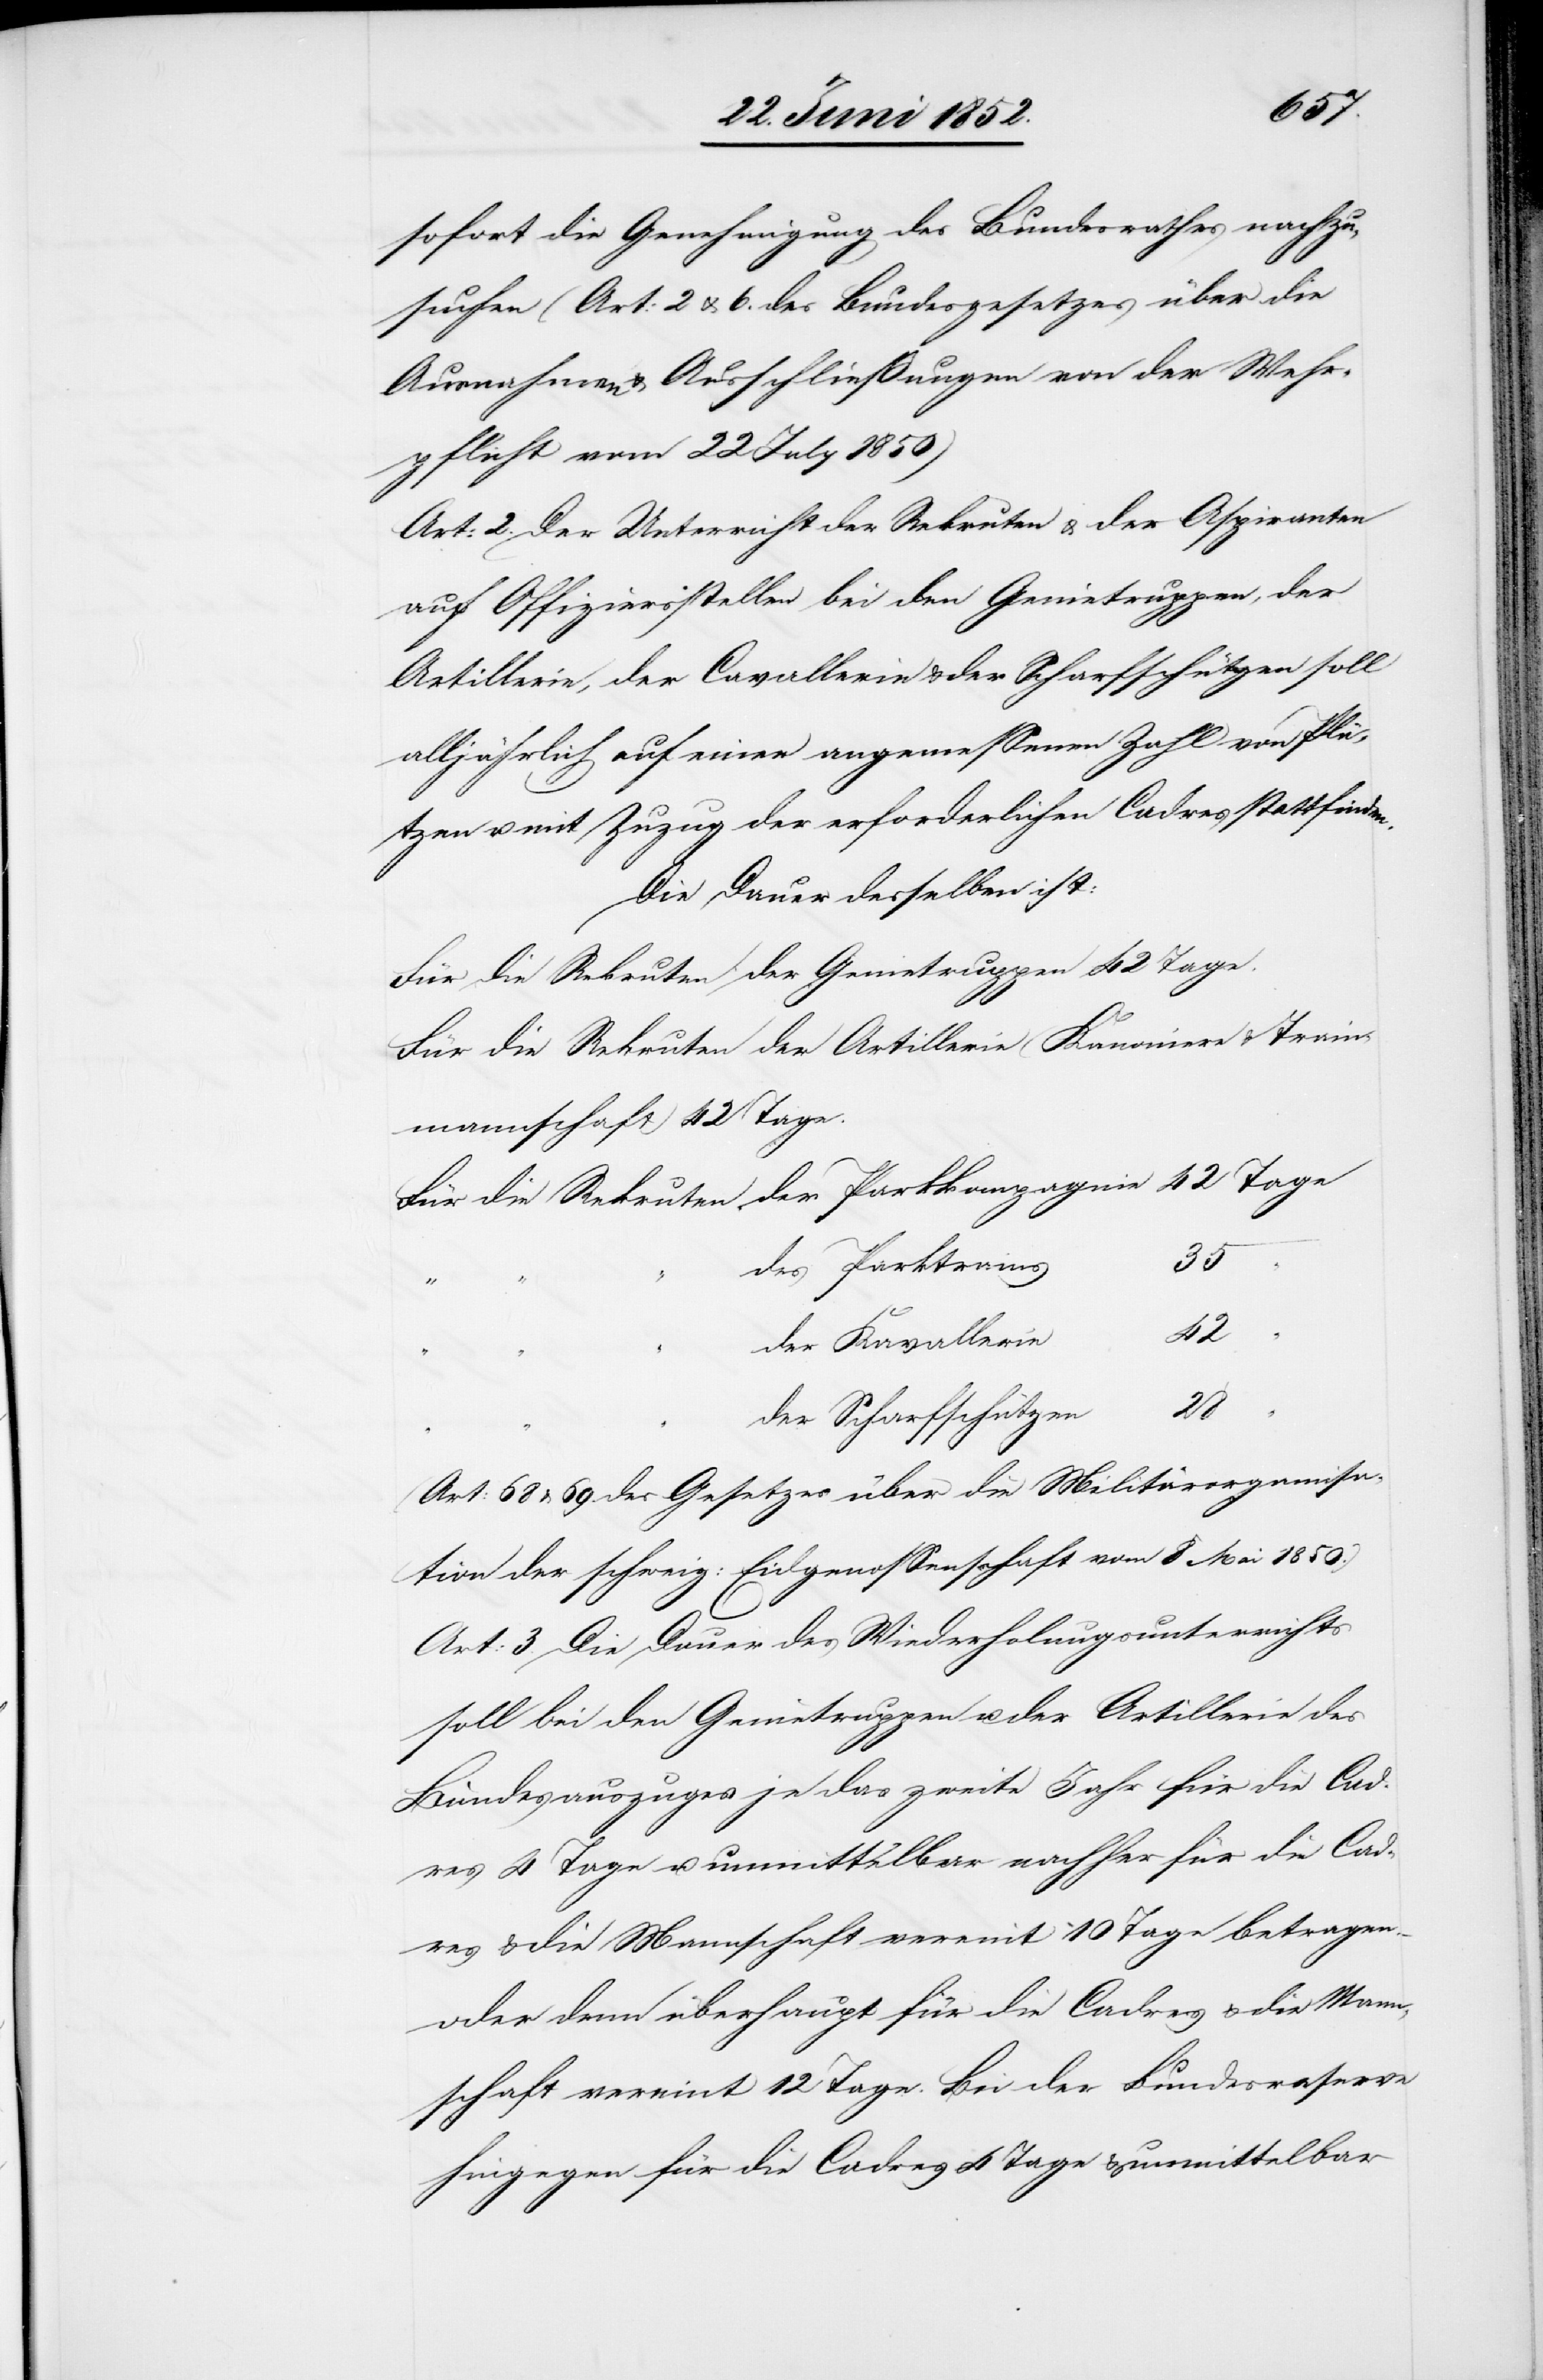
sofort die Genehmigung des Bundesrathes nachzu¬
suchen (Art: 2 & 6. des Bundesgesetzes über die
Ausnahmen & Ausschließungen von der Wehr¬
pflicht vom 22 July 1850)
Art: 2. Der Unterricht der Rekruten & der Aspiranten
auf Offiziersstellen bei den Genietruppen, der
Artillerie, der Cavallerie & der Scharfschützen soll
alljährlich auf einer angemessenen Zahl von Plä¬
tzen u. mit Zuzug der erforderlichen Cadres stattfinden.
Die Dauer desselben ist:
nmannschaft) 42 Tage.
des Parktrains
28
der Kavallerie
42
“ “
der Scharfschützen
(Art: 68 & 69. des Gesetzes über die Militärorganisa¬
tion der schweiz: Eidgenossenschaft vom 8 Mai 1850.)
Art: 3. Die Dauer des Wiederholungsunterrichts
soll bei den Genietruppen u. der Artillerie des
Bundesauszuges je das zweite Jahr für die Cad¬
res 4 Tage u. unmittelbar nachher für die Cad¬
res & die Mannschaft vereint 10 Tage betragen
oder dann überhaupt für die Cadres & die Mann¬
schaft vereint 12 Tage. Bei der Bundesreserve
hingegen für die Cadres 4 Tage & unmittelbar